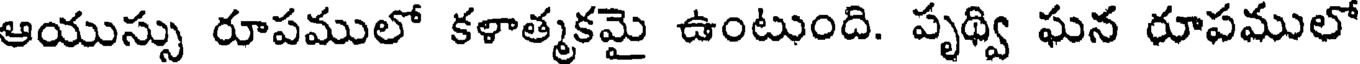
ఆయుస్సు రూపములో కళాత్మకమై ఉంటుంది. పృథ్వి ఘన రూపములో